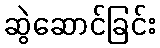
ဆွဲဆောင်ခြင်း